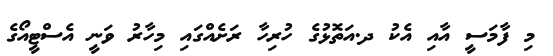
މި ފާމަސީ އާއި އެކު ދ.އަތޮޅުގެ ހުރިހާ ރަށެއްގައި މިހާރު ވަނީ އެސްޓީއޯގެ